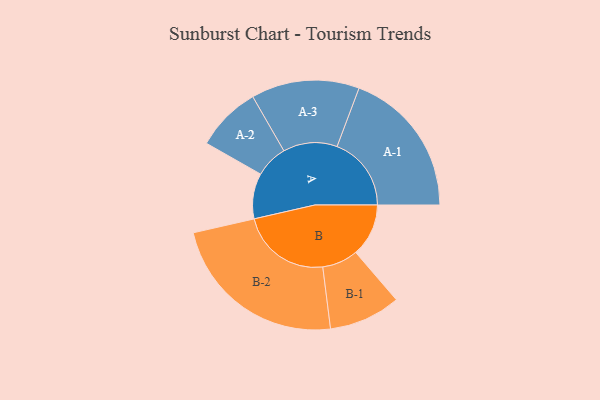
{"axis": {"x": "Segment", "y": "Value"}, "legend": ["", "A", "B"], "data": [{"x": "A", "y": 142, "type": ""}, {"x": "B", "y": 165, "type": ""}, {"x": "A-1", "y": 232, "type": "A"}, {"x": "A-2", "y": 102, "type": "A"}, {"x": "A-3", "y": 169, "type": "A"}, {"x": "B-1", "y": 112, "type": "B"}, {"x": "B-2", "y": 282, "type": "B"}]}